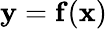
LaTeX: \mathbf{y}=\mathbf{f}(\mathbf{x})